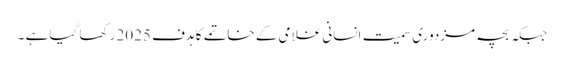
جبکہ بچہ مزدوری سمیت انسانی غلامی کے خاتمے کا ہدف 2025 رکھا گیا ہے ۔